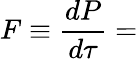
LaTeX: F\equiv{\frac{dP}{d\tau}}=